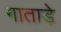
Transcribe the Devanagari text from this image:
गाताड़े